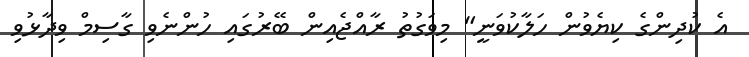
އެ ކުދިންގެ ކިޔެވުން ހަލާކުވަނީ" މިވަގުތު ރާއްޖެއިން ބޭރުގައި ހުންނެވި ގާސިމް ވިދާޅުވި